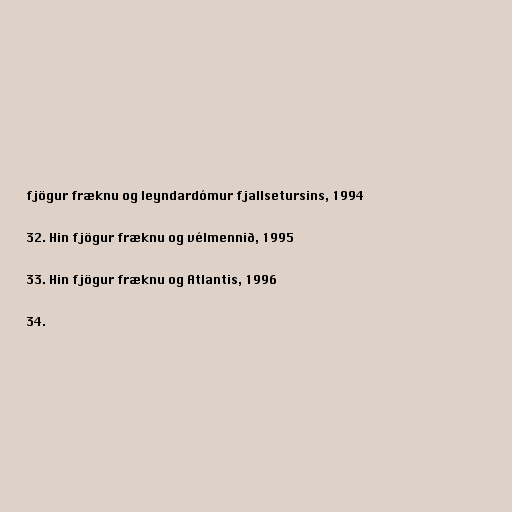
fjögur fræknu og leyndardómur fjallsetursins, 1994

32. Hin fjögur fræknu og vélmennið, 1995

33. Hin fjögur fræknu og Atlantis, 1996

34.